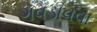
ગવડાવવા